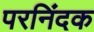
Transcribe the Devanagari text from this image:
परनिंदक